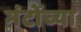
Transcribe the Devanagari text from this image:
मंटोंच्या